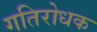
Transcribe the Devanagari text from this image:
गतिरोधक